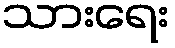
သားရေး